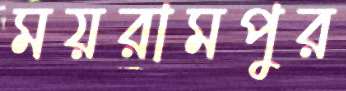
ময়রামপুর